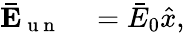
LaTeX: \begin{array}{rl}{\mathbf{\bar{E}}_{\mathrm{~u~n~}}}&{{}=\bar{E}_{0}\hat{x},}\end{array}